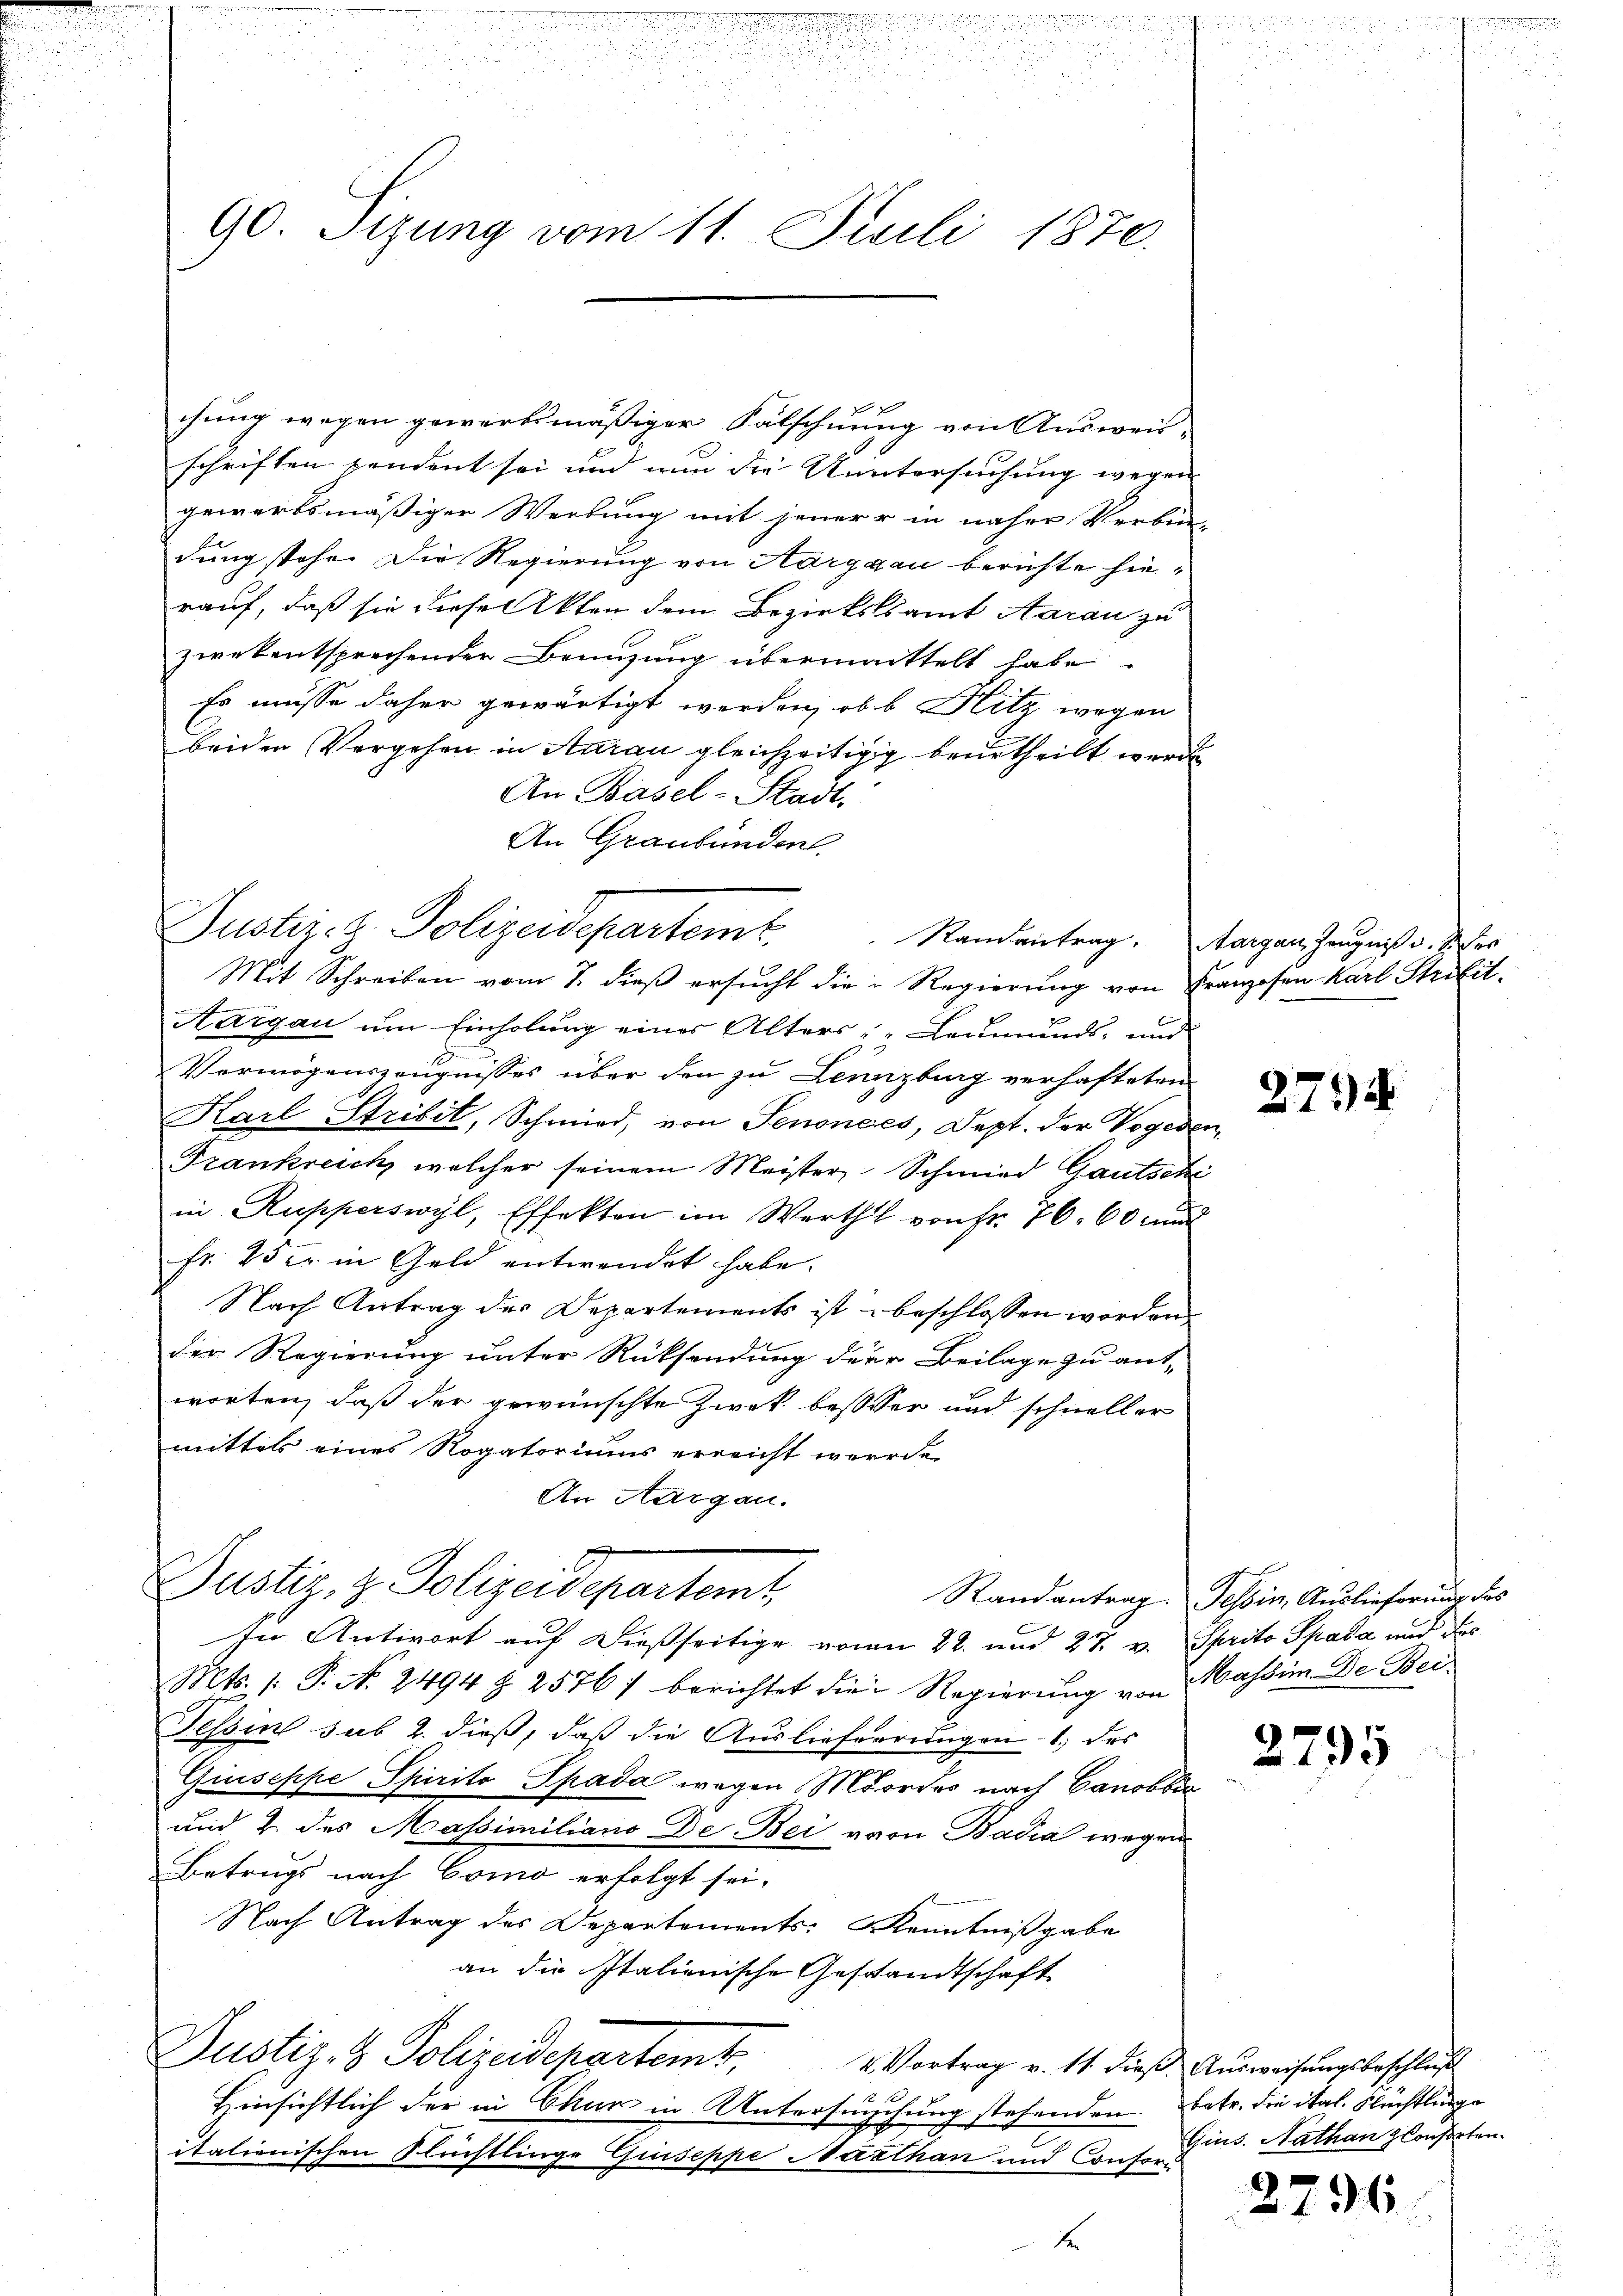
s
gegen des in den in den un
.
e

u
2
iu die

d
xx
n
 25, 24 x

90. Sizung vom 11. Juli 1870.

f x
chung wegen gewerbsmäßiger Salschnung von Ausweis-
schriften pendent sei und nun die Untersuchung wegen
gewerbsmäßiger Werbung mit jener in näher Verbrin-
dung stehe. Die Regierung von Aargau berichte hierauf, daß sie diese Akten dem Bezirkslsamt Aarau zu
zwekentsprechender Benuzung übermittelt habe.
Es müsse daher gewärtigt werden, ob b. Sitz wegen
beiden Vergehen in Aarau gleichzeitigig beurtheilt werde
An Basel-Stadt.
An Graubünden.
Justiz- & Polizeidepartem Randantrag. Parzen Zeugniß. Wer
Mit Schreiben vom 7. dieß ersucht die Regierung von Franzosen Karl Strelit.
Aargau um Einholung eines Alters: „Leumunds- und
Vermögenszeugnisses über den zu Lenzburg verhafteten
Karl Stribit, Schmied, von Senonces, Dept. der Vogeden,
Frankreich, welcher seinem Meister, Schmied Gautschi
in Rupperswyl, Effekten im Werthl von Fr. 76. 60 und
fr. 25 er in Geld entwendet habe.
Nach Antrag des Departements ist beschlossen worden.
der Regierung unter Rücksendung der Beilage zu ant-
worten, daß der gewünschte Zwek besser und schneller
mittels eines Rogatoriums erreicht werde.
An Aargau.
Justiz- & Polizeidepartemt,
Randantrag. Tessin, Auslieferung des
In Antwort auf dießseitige vom 22. und 27. v. Sprito Spada und des
Mts. 1. P. N. 2494 Z. 2576) berichtet die Regierung von Massim. De Bei¬
Tessin sub 2. dieß, daß die Auslieferrungen 1) des
Giuseppe Spirito Spada wegen Mordes nach Canobbia
und 2. des Massimiliano De Bei von Badia wegen
Betrugs nach Como erfolgt sei.
Nach Antrag des Departements Kenntnißgabe
an die Italienische Geschandtschaft
Justiz- & Polizeidepartamt,
& Vortrag v. 11. dieß. Ausweisungsbeschluß
Hinsichtlich der in Chur in Untersuchung stehenden Betr. die ital. Flüchtlinge
italienischen Flüchtlinge Giuseppe Narthan und Conf. Gins. Nathan Consorten.
t

271 d

2795

2796